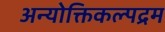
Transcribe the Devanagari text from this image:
अन्योक्तिकल्पद्रम